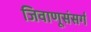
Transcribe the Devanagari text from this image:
जिवाणूसंसर्ग